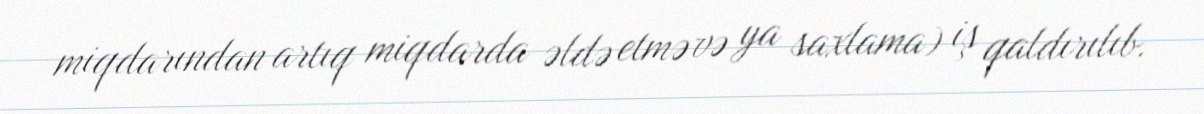
miqdarından artıq miqdarda əldə etmə və ya saxlama) iş qaldırılıb.